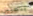
بتعيين